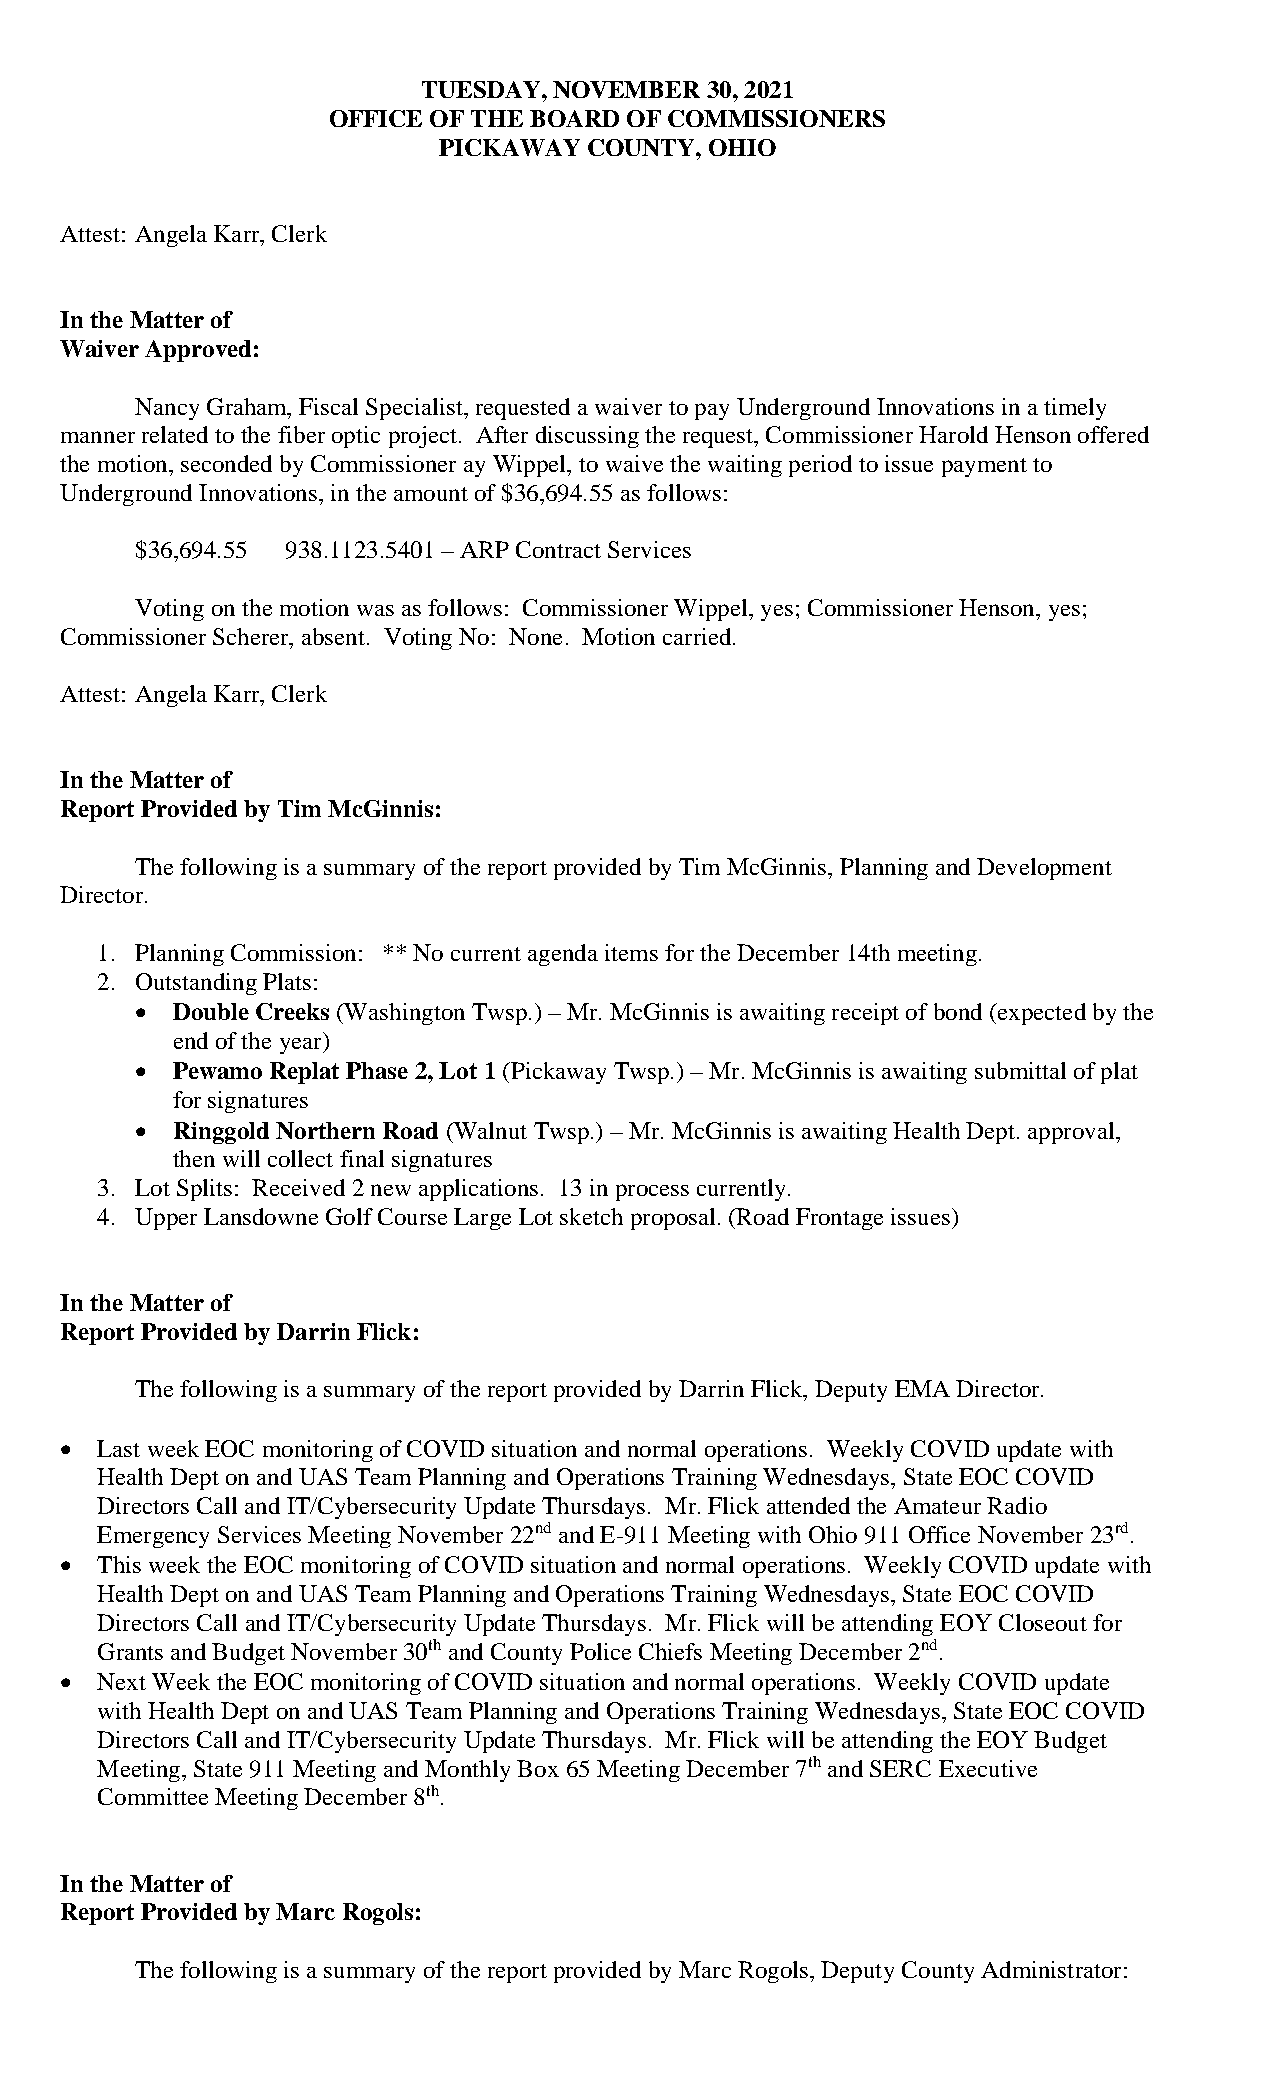
TUESDAY, NOVEMBER  30, 2021
 OFFICE OF THE BOARD OF COMMISSIONERS
 PICKAWAY  COUNTY, OHIO
 Attest: Angela Karr, Clerk
 In the Matter of
 Waiver Approved:
 Nancy Graham, Fiscal Specialist, requested a waiver to pay Underground Innovations in a timely
 manner related to the fiber optic project. After discussing the request, Commissioner Harold Henson offered
 the motion, seconded by Commissioner ay Wippel, to waive the waiting period to issue payment to
 Underground Innovations, in the amount of $36,694.55 as follows:
 $36,694.55 938.1123.5401 – ARP Contract Services
 Voting on the motion was as follows: Commissioner Wippel, yes; Commissioner Henson, yes;
 Commissioner Scherer, absent. Voting No: None. Motion carried.
 Attest: Angela Karr, Clerk
 In the Matter of
 Report Provided by Tim McGinnis:
 The following is a summary of the report provided by Tim McGinnis, Planning and Development
 Director.
 1. Planning Commission: ** No current agenda items for the December 14th meeting.
 2. Outstanding Plats:
 • Double Creeks (Washington Twsp.) – Mr. McGinnis is awaiting receipt of bond (expected by the
 end of the year)
 • Pewamo Replat Phase 2, Lot 1 (Pickaway Twsp.) – Mr. McGinnis is awaiting submittal of plat
 for signatures
 • Ringgold Northern Road (Walnut Twsp.) – Mr. McGinnis is awaiting Health Dept. approval,
 then will collect final signatures
 3. Lot Splits: Received 2 new applications. 13 in process currently.
 4. Upper Lansdowne Golf Course Large Lot sketch proposal. (Road Frontage issues)
 In the Matter of
 Report Provided by Darrin Flick:
 The following is a summary of the report provided by Darrin Flick, Deputy EMA Director.
 • Last week EOC monitoring of COVID situation and normal operations. Weekly COVID update with
 Health Dept on and UAS Team Planning and Operations Training Wednesdays, State EOC COVID
 Directors Call and IT/Cybersecurity Update Thursdays. Mr. Flick attended the Amateur Radio
 Emergency Services Meeting November 22nd and E-911 Meeting with Ohio 911 Office November 23rd.
 • This week the EOC monitoring of COVID situation and normal operations. Weekly COVID update with
 Health Dept on and UAS Team Planning and Operations Training Wednesdays, State EOC COVID
 Directors Call and IT/Cybersecurity Update Thursdays. Mr. Flick will be attending EOY Closeout for
 Grants and Budget November 30th and County Police Chiefs Meeting December 2nd.
 • Next Week the EOC monitoring of COVID situation and normal operations. Weekly COVID update
 with Health Dept on and UAS Team Planning and Operations Training Wednesdays, State EOC COVID
 Directors Call and IT/Cybersecurity Update Thursdays. Mr. Flick will be attending the EOY Budget
 Meeting, State 911 Meeting and Monthly Box 65 Meeting December 7th and SERC Executive
 Committee Meeting December 8th.
 In the Matter of
 Report Provided by Marc Rogols:
 The following is a summary of the report provided by Marc Rogols, Deputy County Administrator: